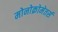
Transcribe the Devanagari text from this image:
मोनोक्रोमेतर्स